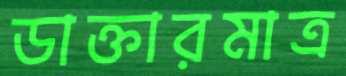
ডাক্তারমাত্র